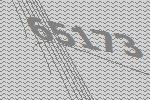
65173